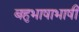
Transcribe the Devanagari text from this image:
बहुभाषाभाषी